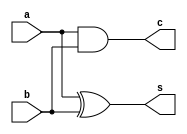
`default_nettype none
module halfadd (a, b, s, c);
    input wire a;
    input wire b;
    output wire s;
    output wire c;

    wire t0, t1;

    xor x1(t0, a, b);
    and a1(t1, a, b);

    assign s = t0;
    assign c = t1;

endmodule

module fulladd (a, b, cin, s, cout);
    input wire a;
    input wire b;
    input wire cin;
    output wire s;
    output wire cout;

    wire s1, c1, t1;

    halfadd add1(a, b, s1, c1);
    halfadd add2(s, cin, s, t1);

    assign cout = c1 || t1;

endmodule

module adder (a, b, s, c);
    parameter WIDTH = 10;
    input [WIDTH-1:0] a;
    input [WIDTH-1:0] b;
    output [WIDTH-1:0] s;
    output c;

    wire [WIDTH:0] t;

    assign t = a + b;
    assign s = t [WIDTH-1:0];
    assign c = t [WIDTH];

endmodule